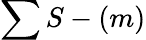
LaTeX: \sum S-(m)